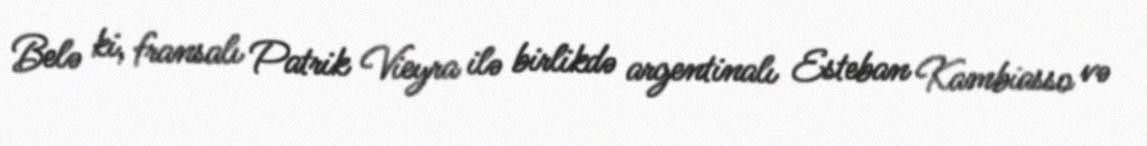
Belə ki, fransalı Patrik Vieyra ilə birlikdə argentinalı Esteban Kambiasso və